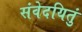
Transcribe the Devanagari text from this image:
संवेदयितुं